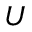
U